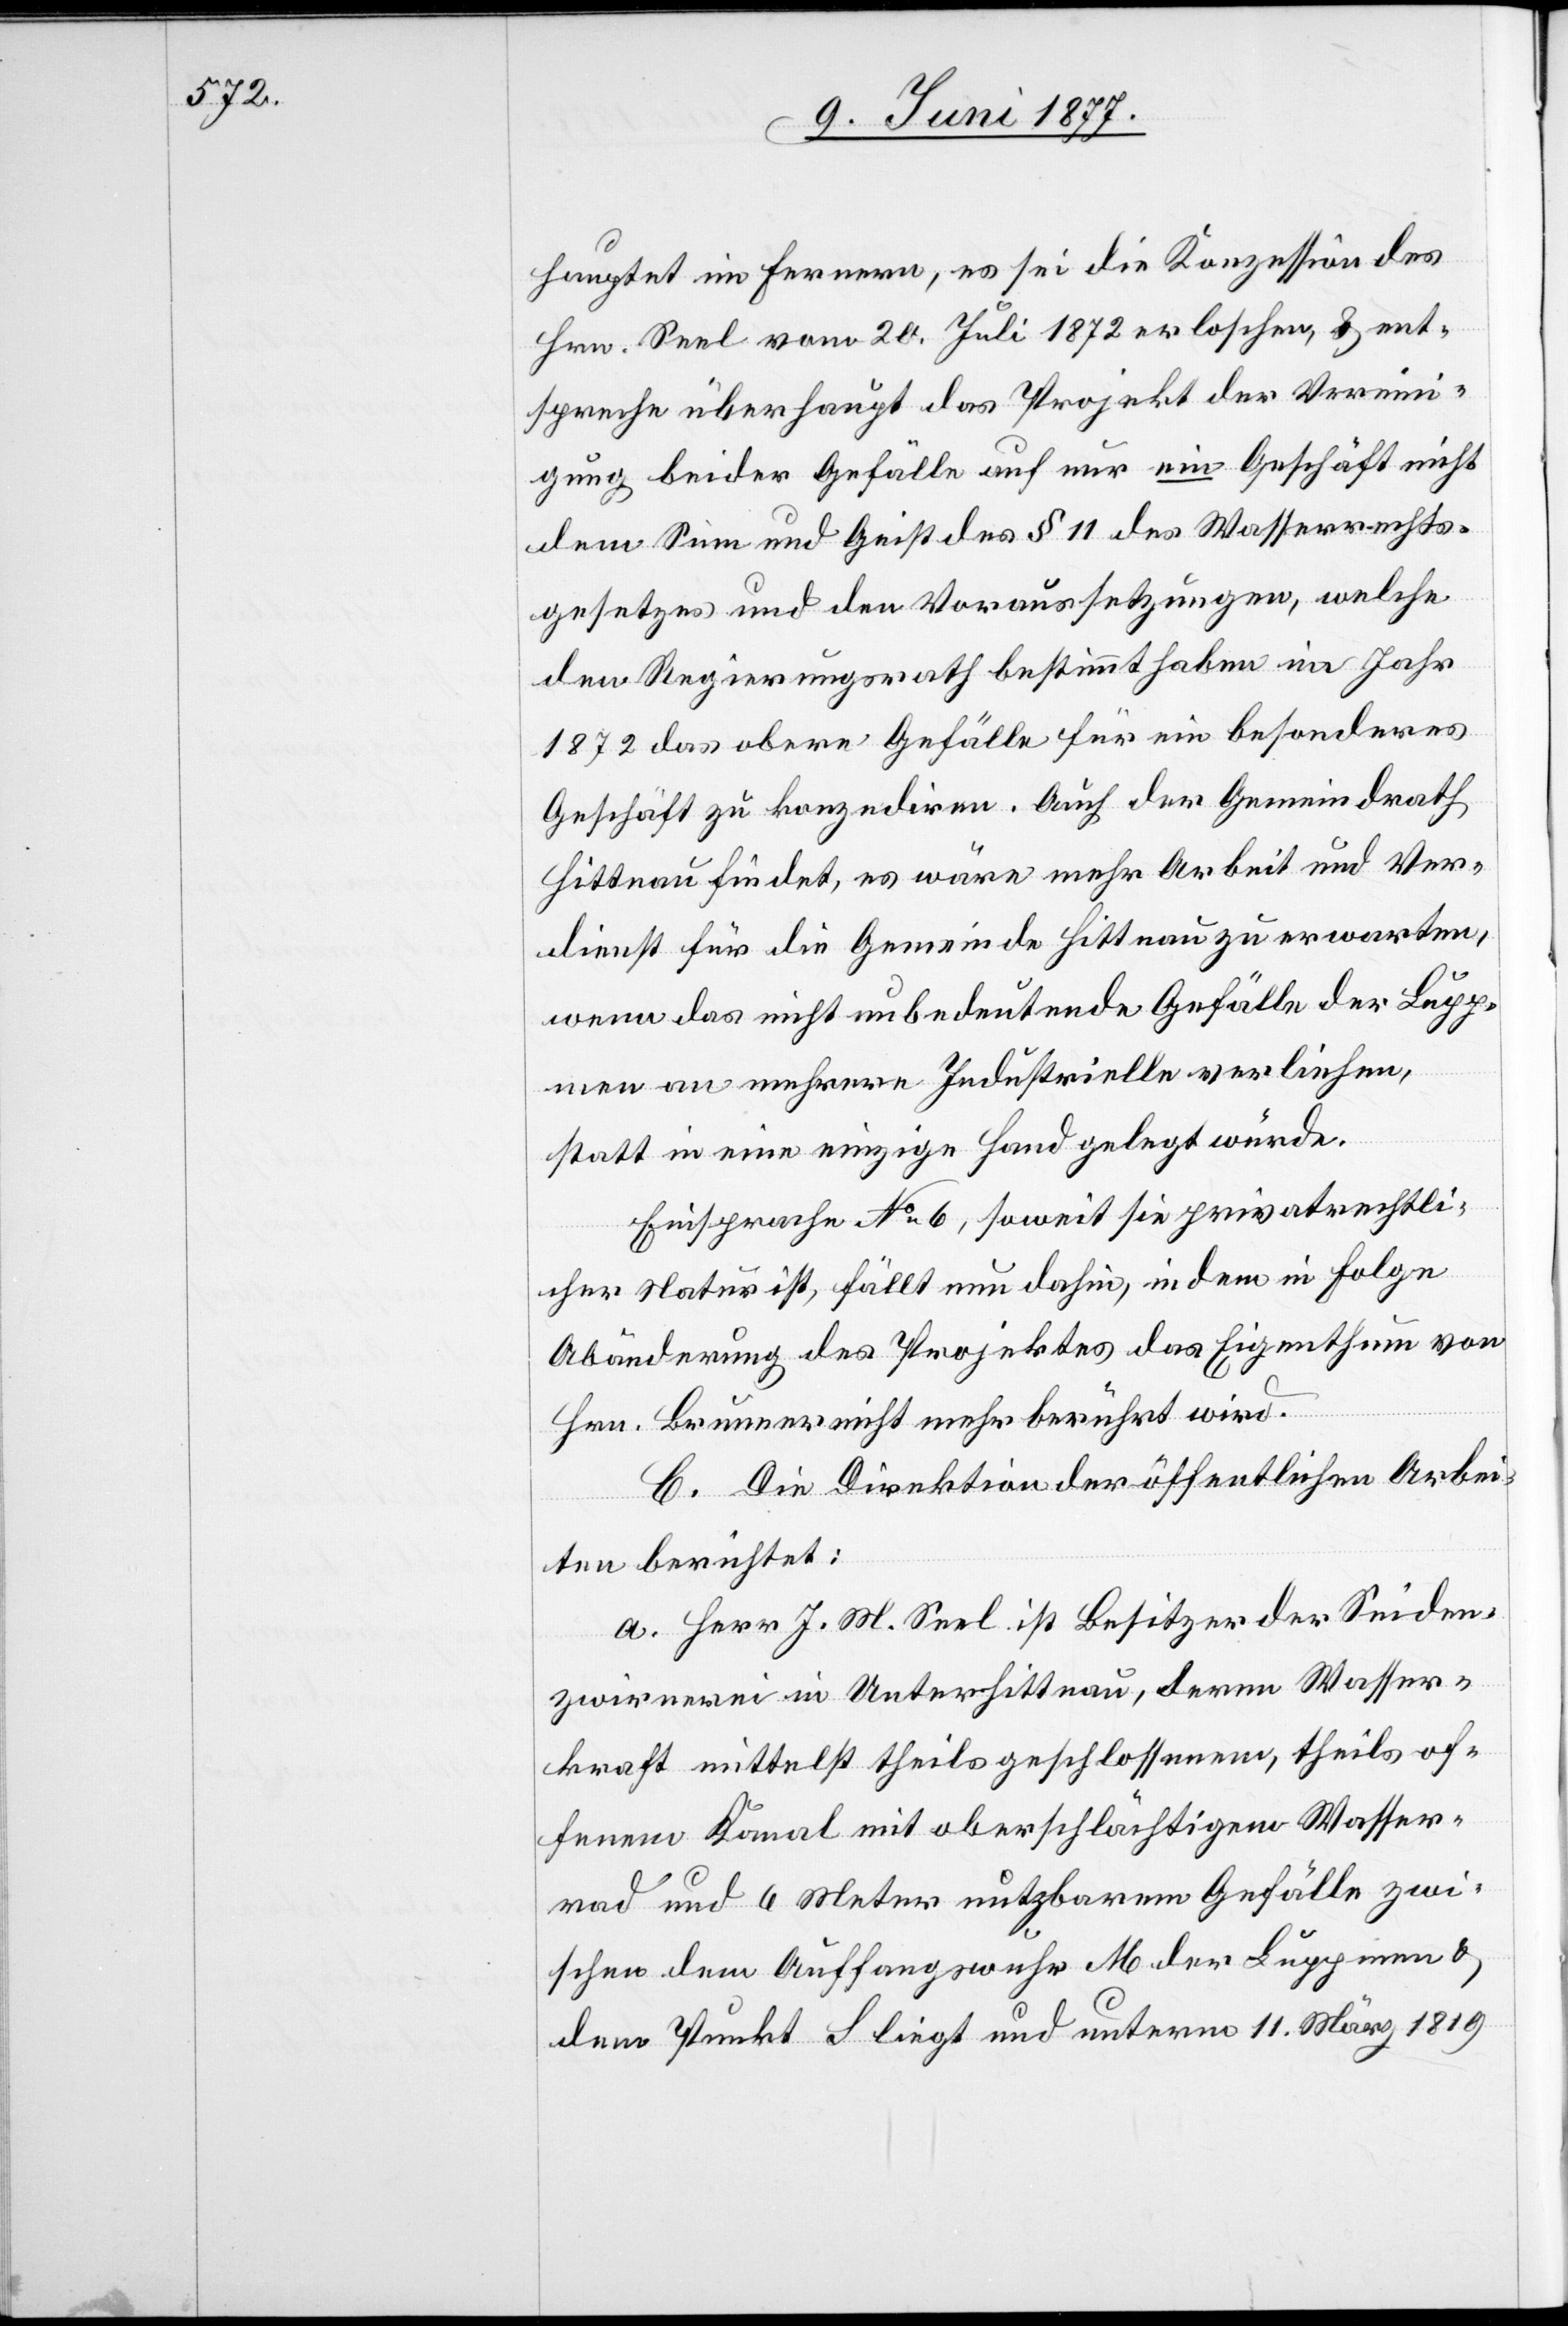
hauptet im Fernern, es sei die Konzession des
Hrn. Seel vom 20. Juli 1872 erloschen, & ent¬
spreche überhaupt das Projekt der Vereini¬
gung beider Gefälle auf nur ein Geschäft nicht
dem Sinn und Geist des § 11 des Wasserrechts¬
gesetzes und den Voraussetzungen, welche
den Regierungsrath bestimmt haben im Jahr
1872 das obere Gefälle für ein besonderes
Geschäft zu konzediren. Auch der Gemeindrath
Hittnau findet, es wäre mehr Arbeit und Ver¬
dienst für die Gemeinde Hittnau zu erwarten,
wenn das nicht unbedeutende Gefälle der Lupp¬
men an mehrere Industrielle verliehen,
statt in eine einzige Hand gelegt würde.
Einsprache No 6, soweit sie privatrechtli¬
cher Natur ist, fällt dahin, indem in Folge
Abänderung des Projektes das Eigenthum von
Hrn. Brunner nicht mehr berührt wird.
C. Die Direktion der öffentlichen Arbei¬
ten berichtet:
a. Herr J. M. Seel ist Besitzer der Seiden¬
zwirnerei in Unterhittnau, deren Wasser¬
kraft mittelst theils geschlossenem, theils of¬
fenem Kanal mit oberschlächtigem Wasser¬
rad und 6 Meter nutzbarem Gefälle zwi¬
schen dem Auffangswuhr M der Luppmen &
dem Punkt S liegt und unterm 11. März 1819